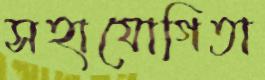
সহাযোগিতা